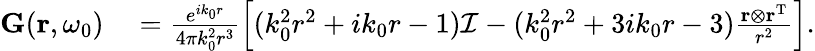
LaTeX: \begin{array}{rl}{{\mathbf G}({\mathbf r},\omega_{0})}&{{}=\frac{e^{ik_{0}r}}{4\pi k_{0}^{2}r^{3}}\left[(k_{0}^{2}r^{2}+ik_{0}r-1)\mathcal{I}-(k_{0}^{2}r^{2}+3ik_{0}r-3)\frac{{\mathbf r}\otimes{\mathbf r}^{\mathrm{T}}}{r^{2}}\right].}\end{array}